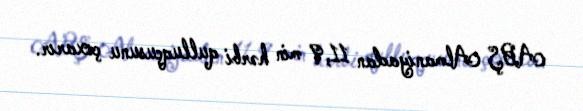
ABŞ Almaniyadan 11,9 min hərbi qulluqçusunu çıxarır.